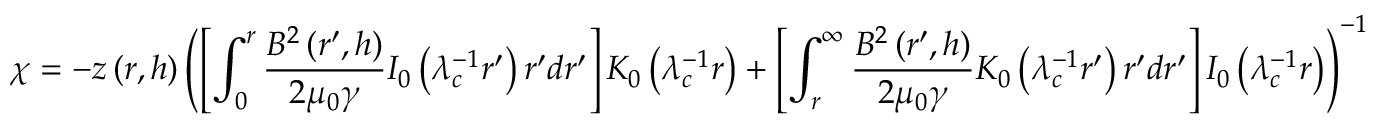
\chi = - z \left( r , h \right) \left( \left[ \int _ { 0 } ^ { r } \frac { B ^ { 2 } \left( r ^ { \prime } , h \right) } { 2 \mu _ { 0 } \gamma } I _ { 0 } \left( \lambda _ { c } ^ { - 1 } r ^ { \prime } \right) r ^ { \prime } d r ^ { \prime } \right] K _ { 0 } \left( \lambda _ { c } ^ { - 1 } r \right) + \left[ \int _ { r } ^ { \infty } \frac { B ^ { 2 } \left( r ^ { \prime } , h \right) } { 2 \mu _ { 0 } \gamma } K _ { 0 } \left( \lambda _ { c } ^ { - 1 } r ^ { \prime } \right) r ^ { \prime } d r ^ { \prime } \right] I _ { 0 } \left( \lambda _ { c } ^ { - 1 } r \right) \right) ^ { - 1 }